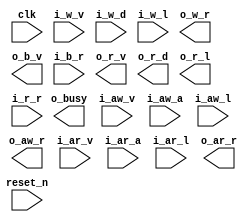
//------------------------------------------------------------------------------
//  http://github.com/gulakim/cory
//  
//------------------------------------------------------------------------------
`ifndef CORY_MODEL_AXIS
    `define CORY_MODEL_AXIS

//------------------------------------------------------------------------------
module cory_model_axis #(
    parameter   A   = 32,
    parameter   D   = 64,
    parameter   L   = 4,
    parameter   V   = 0,                    // 0: no-initial, 1: random, 2: load from a file
    parameter   I   = 0,                    // initial value for random
    parameter   NUM_FRAME   = 4             // NUM_FRAME * 1920*1080*1.5
)(
    input           clk,
    output          o_busy,

    input           i_aw_v,
    input   [A-1:0] i_aw_a,
    input   [L-1:0] i_aw_l,
    output          o_aw_r,
    input           i_w_v,
    input   [D-1:0] i_w_d,
    input           i_w_l,
    output          o_w_r,
    output          o_b_v,
    input           i_b_r,
    input           i_ar_v,
    input   [A-1:0] i_ar_a,
    input   [L-1:0] i_ar_l,
    output          o_ar_r,
    output          o_r_v,
    output  [D-1:0] o_r_d,
    output          o_r_l,
    input           i_r_r,

    input           reset_n
);

//------------------------------------------------------------------------------
`ifdef  SIM
localparam  NUM_BYTE        = D/8;
localparam  MEM_SIZE        = (1920 * 1080 * 15/10/NUM_BYTE) * NUM_FRAME;
localparam  BYTE_ADDR       = f_log2(NUM_BYTE);
localparam  MEM_SIZE_BYTE   = MEM_SIZE * NUM_BYTE;

//------------------------------------------------------------------------------

integer         error;
initial         error = 0;

reg     [D-1:0] mem [0:MEM_SIZE-1];

reg             o_r_busy;
reg             o_w_busy;
assign  o_busy  = o_r_busy && o_w_busy;

always @ (posedge clk or negedge reset_n)
    if (~reset_n)
        o_r_busy  <= 1'b0;
    else if (o_r_v && i_r_r && o_r_l)
        o_r_busy  <= 1'b0;
    else if (i_ar_v && o_ar_r)
        o_r_busy  <= 1'b1;
        
assign  o_ar_r   = (i_ar_v && (~o_r_busy)) ? 1'b1 : 1'b0;

reg [L-1:0] r_cnt;

always @ (posedge clk or negedge reset_n)
    if (~reset_n)
        r_cnt    <= {L{1'b0}};
    else if (i_ar_v && o_ar_r)
        r_cnt    <= i_ar_l;
    else if (o_r_v && i_r_r)
        r_cnt    <= r_cnt - 1'b1;

reg w_r_v;

always @ (posedge clk or negedge reset_n)
    if (~reset_n)
        w_r_v    <= 1'b0;
    else if (i_ar_v & o_ar_r)
        w_r_v    <= 1'b1;
    else if (o_r_v & i_r_r && r_cnt == 0)
        w_r_v    <= 1'b0;

assign  o_r_v   = w_r_v;
assign  o_r_l   = (o_r_v && r_cnt == 0) ? 1'b1 : 1'b0;

reg     [A:0]   r_addr;

always @ (posedge clk or negedge reset_n)
    if (~reset_n)
        r_addr  <= {A{1'b0}};
    else if (i_ar_v & o_ar_r)
        r_addr  <= i_ar_a;
    else if (o_r_v && i_r_r)
        case (BYTE_ADDR)
        1:  r_addr  <= r_addr + 2;
        2:  r_addr  <= r_addr + 4;
        3:  r_addr  <= r_addr + 8;
        4:  r_addr  <= r_addr + 16;
        5:  r_addr  <= r_addr + 32;
        6:  r_addr  <= r_addr + 64;
        7:  r_addr  <= r_addr + 128;
        8:  r_addr  <= r_addr + 256;
        default:  r_addr  <= r_addr + {A{1'bx}};
        endcase

localparam  W   = A - BYTE_ADDR;        // word addr

wire    [W-1:0] r_addr_word = r_addr[A-1:BYTE_ADDR];
assign          o_r_d     = o_r_v ? mem[r_addr_word] : {D{1'bx}};

//------------------------------------------------------------------------------

always @(posedge clk or negedge reset_n)
    if (!reset_n)
        o_w_busy    <= 1'b0;
    else if (i_w_v && o_w_r && i_w_l)
        o_w_busy    <= 1'b0;
    else if (i_aw_v && o_aw_r)
        o_w_busy    <= 1'b1;

assign  o_aw_r   = (i_aw_v && (!o_w_busy)) ? 1'b1 : 1'b0;

reg [L-1:0] w_cnt;

always @ (posedge clk or negedge reset_n)
    if (!reset_n)
        w_cnt   <= 0;
    else if (i_aw_v && o_aw_r)
        w_cnt   <= i_aw_l;
    else if (i_w_v && o_w_r)
        w_cnt   <= w_cnt - 1'b1;

assign  o_w_r    = o_w_busy & i_w_v;

reg [A-1:0] w_addr;

always @ (posedge clk or negedge reset_n)
    if (!reset_n)
        w_addr   <= {A{1'b0}};
    else if (i_aw_v && o_aw_r)
        w_addr   <= i_aw_a;
    else if (i_w_v && o_w_r)
        w_addr   <= w_addr + NUM_BYTE;

wire    [W-1:0] w_addr_word = w_addr[A-1:BYTE_ADDR];

//------------------------------------------------------------------------------
integer i;
reg     [D-1:0] seed;

reg     [256*8-1:0] filename;
integer file = 0;
integer b;
reg     [D-1:0] buff;
reg     [7:0]   buff_byte[0:NUM_BYTE-1];
integer ch;

initial begin
    //  $display ("reading from 'avatar.yuv.hex'");
    //  $readmemh ("avatar.yuv.hex", mem);

    //  $display ("reading from 'park.rgb.hex'");
    //  $readmemh ("park.rgb.hex", mem);

    if (V==2) begin
        $sformat (filename, "%m.bin");
        file    = $fopen (filename, "rb");
        if (file)
            $display ("NOTE:%m: reading from '%s'", filename);
        else begin
            $display ("ERROR:%m: cannot read from '%s'", filename);
            $finish;
        end
        for (i=0; i<MEM_SIZE; i=i+1) begin
            for (b=0; b<NUM_BYTE; b=b+1) begin
                ch = $fgetc(file);
                if (ch == -1) begin
                    b   = 9;
                    i   = MEM_SIZE;
                end
                else begin
                    buff_byte[b]    = ch[7:0];
                end
            end
            //  for (b=0; b<NUM_BYTE; b=b+1) begin
            //      buff[b*8+7:b*8] = buff_byte[b];
            //  end
            mem[i]  = {buff_byte[7], buff_byte[6], buff_byte[5], buff_byte[4],
                       buff_byte[3], buff_byte[2], buff_byte[1], buff_byte[0]};
        end
    end
    else if (V==1) begin
        $display ("NOTE:%m: initializing with random value to the memory");
        seed    = I;
        for (i=0; i<MEM_SIZE; i=i+1) begin
            mem[i]  = seed;
            seed    = seed * 21 + 1;
        end
    end
end


always @(posedge clk or negedge reset_n)
    if (i_w_v && o_w_r)
        mem[w_addr_word] = i_w_d;

//  wire    [63:0]  mem0    = mem[0];
//  wire    [63:0]  mem1    = mem[1];
//  wire    [63:0]  mem2    = mem[2];
//  wire    [63:0]  mem3    = mem[3];
//  wire    [63:0]  mem4    = mem[4];
//  wire    [63:0]  mem5    = mem[5];
//  wire    [63:0]  mem6    = mem[6];
//  wire    [63:0]  mem7    = mem[7];
//  wire    [63:0]  mem8    = mem[8];
//  wire    [63:0]  mem9    = mem[9];

reg w_b_v;

always @(posedge clk or negedge reset_n)
    if (!reset_n)
        w_b_v    <= 1'b0;
    else if (i_w_v && o_w_r && i_w_l)
        w_b_v    <= 1'b1;
    else if (o_b_v && i_b_r)
        w_b_v    <= 1'b0;

assign  o_b_v    = w_b_v;

//------------------------------------------------------------------------------

always @(posedge clk) begin
    if (i_ar_v) begin
        if (&i_ar_a === 1'bx) begin
            $display ("ERROR:%m: ar_a unknown %d @ %t", i_ar_a, $time);
            error = error + 1;
        end
        if (i_ar_a > MEM_SIZE_BYTE) begin
            $display ("ERROR:%m: ar_a out of the range %d > %d @ %t", i_ar_a, MEM_SIZE_BYTE, $time);
            error = error + 1;
        end
    end
    if (i_aw_v) begin
        if (&i_aw_a === 1'bx) begin
            $display ("ERROR:%m: aw_a unknown %d @ %t", i_aw_a, $time);
            error = error + 1;
        end
        if (i_aw_a > MEM_SIZE_BYTE) begin
            $display ("ERROR:%m: aw_a out of the range %d > %d @ %t", i_aw_a, MEM_SIZE_BYTE, $time);
            error = error + 1;
        end
    end
    if (o_r_v) begin
        if (&o_r_d === 1'bx) begin
            $display ("ERROR:%m: r_d unknown %d @ %t", o_r_d, $time);
            error = error + 1;
        end
    end
    if (i_w_v) begin
        if (&i_w_d === 1'bx) begin
            $display ("ERROR:%m: w_d unknown %d @ %t", i_w_d, $time);
            error = error + 1;
        end
    end
    if (error > 10) begin
        $display ("ERROR:%m: too many error %d @ %t", error, $time);
        $finish;
    end
end

//------------------------------------------------------------------------------
task write_mem;
    input   [256*8-1:0] filename;
    input   integer     size;
    integer file;
    integer i, b;
    reg     [D-1:0] data;
    reg     [7:0]   byte_data[0:NUM_BYTE-1];
begin
    file    = $fopen (filename, "wb");
    if (file == -1) begin
        $display ("ERROR:%m: cannot write to '%s' @ %t", filename, $time);
        $finish;
    end
    for (i=0; i<size/NUM_BYTE; i=i+1) begin
        data    =  mem[i];
        {byte_data[7], byte_data[6], byte_data[5], byte_data[4],
         byte_data[3], byte_data[2], byte_data[1], byte_data[0]} = data;
        for (b=0; b<NUM_BYTE; b=b+1) begin
            //  byte_data[b]    = data[b*8+7:b*8];
            $fwrite (file, "%c", byte_data[b]);
        end
    end
    $display ("NOTE:%m:'%s' created with %d bytes @ %t", filename, size, $time);
end
endtask

//------------------------------------------------------------------------------
function integer f_log2;
    input   integer value;
    begin
		     if(value <= 2) f_log2= 1;
		else if(value <= 4) f_log2= 2;
		else if(value <= 8) f_log2= 3;
		else if(value <= 16) f_log2= 4;
		else if(value <= 32) f_log2= 5;
		else if(value <= 64) f_log2= 6;
		else if(value <= 128) f_log2= 7;
		else if(value <= 256) f_log2= 8;
		else if(value <= 512) f_log2= 9;
		else if(value <= 1024) f_log2= 10;
		else if(value <= 2048) f_log2= 11;
		else if(value <= 4096) f_log2= 12;
		else if(value <= 8192) f_log2= 13;
		else if(value <= 16384) f_log2= 14;
		else if(value <= 32768) f_log2= 15;
		else if(value <= 65536) f_log2= 16;
    end
endfunction

`endif  //  SIM
endmodule
`endif  // CORY_MODEL_AXIS